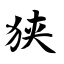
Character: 狭